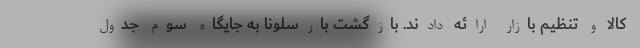
کالا و تنظیم بازار ارائه دادند. بازگشت بارسلونا به جایگاه سوم جدول